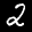
Label: 2